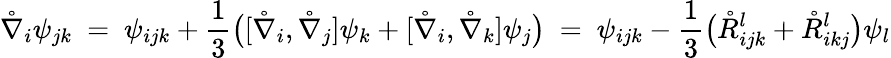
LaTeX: \mathring{\nabla}_{i}\psi_{jk}\ =\ \psi_{ijk}+\frac 13\big([\mathring{\nabla}_{i},\mathring{\nabla}_{j}]\psi_{k}+[\mathring{\nabla}_{i},\mathring{\nabla}_{k}]\psi_{j}\big)\ =\ \psi_{ijk}-\frac 13\big(\mathring{R}_{ijk}^{l}+\mathring{R}_{ikj}^{l}\big)\psi_{l}